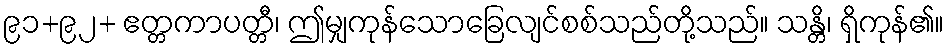
၉၁+၉၂+ ဧတ္တကာပတ္တီ၊ ဤမျှကုန်သောခြေလျင်စစ်သည်တို့သည်။ သန္တိ၊ ရှိကုန်၏။